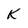
Character: k